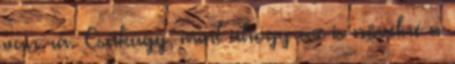
van rá. Csakúgy, mint ahogy az is növelné a